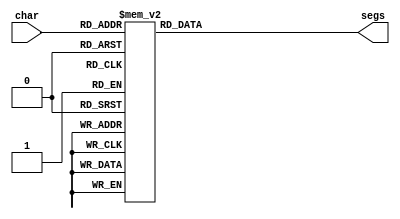
/*
   This file was generated automatically by the Mojo IDE version B1.3.6.
   Do not edit this file directly. Instead edit the original Lucid source.
   This is a temporary file and any changes made to it will be destroyed.
*/

module seven_seg_9 (
    input [3:0] char,
    output reg [6:0] segs
  );
  
  
  
  always @* begin
    
    case (char)
      1'h0: begin
        segs = 7'h40;
      end
      1'h1: begin
        segs = 7'h79;
      end
      2'h2: begin
        segs = 7'h24;
      end
      2'h3: begin
        segs = 7'h30;
      end
      3'h4: begin
        segs = 7'h19;
      end
      3'h5: begin
        segs = 7'h12;
      end
      3'h6: begin
        segs = 7'h02;
      end
      3'h7: begin
        segs = 7'h78;
      end
      4'h8: begin
        segs = 7'h00;
      end
      4'h9: begin
        segs = 7'h10;
      end
      default: begin
        segs = 7'h44;
      end
    endcase
  end
endmodule